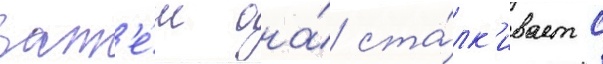
Зат'е́м она́ ста́лк'ивает с